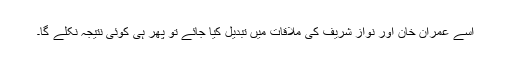
اسے عمران خان اور نواز شریف کی ملاقات میں تبدیل کیا جائے تو پھر ہی کوئی نتیجہ نکلے گا۔